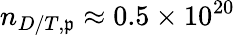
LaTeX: n_{D/T,\mathfrak{p}}\approx0.5\times10^{20}